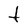
Character: t